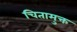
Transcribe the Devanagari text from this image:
चितामुक्त